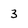
Character: 3